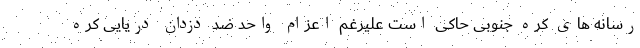
رسانه های کره جنوبی حاکی است علیرغم اعزام واحد ضد دزدان دریایی کره